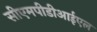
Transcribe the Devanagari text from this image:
सीएमपीडीआईएल